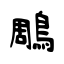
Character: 鵰